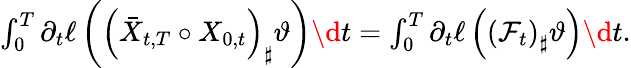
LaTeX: \begin{array}{r}{\int_{0}^{T}\partial_{t}\ell\left(\left(\bar{X}_{t,T}\circ X_{0,t}\right)_{\sharp}\vartheta\right)\d t=\int_{0}^{T}\partial_{t}\ell\left(\left(\mathcal F_{t}\right)_{\sharp}\vartheta\right)\d t.}\end{array}